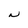
Character: N